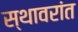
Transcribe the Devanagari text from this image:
स्थावरांत